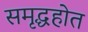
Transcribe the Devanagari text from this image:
समृद्धहोत